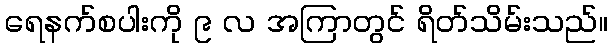
ရေနက်စပါးကို ၉ လ အကြာတွင် ရိတ်သိမ်းသည်။